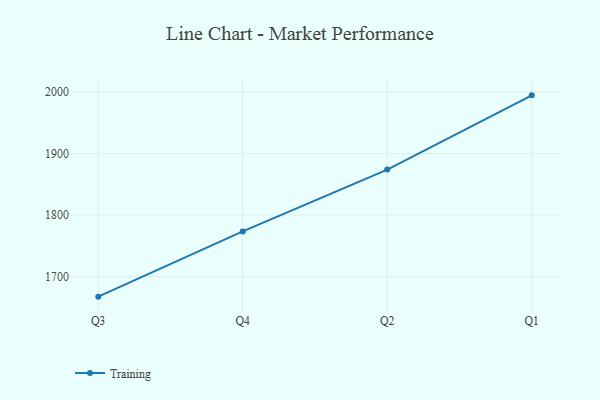
{"axis": {"x": "Quarter", "y": "Temperature (°C)"}, "legend": ["Training"], "data": [{"x": "Q3", "y": 1667.6, "type": "Training"}, {"x": "Q4", "y": 1773.5, "type": "Training"}, {"x": "Q2", "y": 1873.8, "type": "Training"}, {"x": "Q1", "y": 1994.2, "type": "Training"}]}